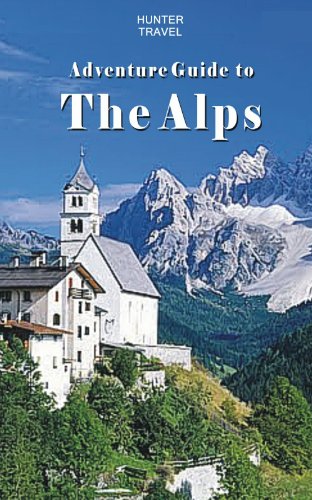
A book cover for Adventure Guide to the Alps: Austria, France, Germany, Italy, Liechtenstein & Switzerland (Travel Adventures); Krista Dana; Travel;